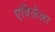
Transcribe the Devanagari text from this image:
एविलेला